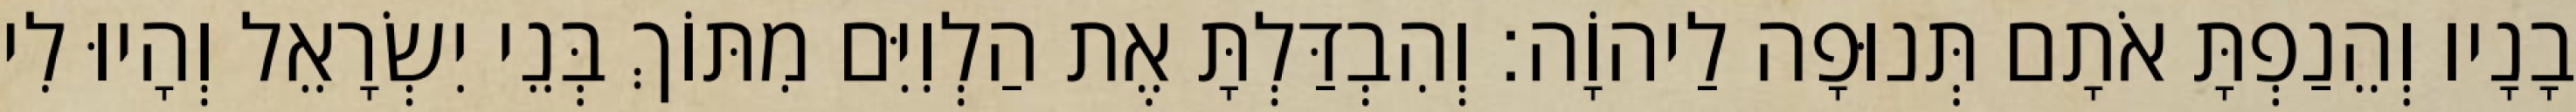
בָנָיו וְהֵנַפְתָּ אֹתָם תְּנוּפָה לַיהוָֹה׃ וְהִבְדַּלְתָּ אֶת הַלְוִיִּם מִתּוֹךְ בְּנֵי יִשְׂרָאֵל וְהָיוּ לִי